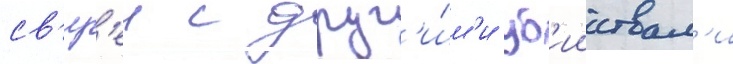
св'яз'еи с друг'и́м'и уб'ииствам'и